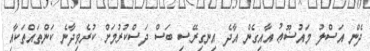
ދެން އަސްލު މައުޟޫޢު އާއިގެން އާދެ އިނގިރޭސި ބަސް ދަސްކުރުމަށް ކުރެވިދާނެ ކަންތައްތަކާއި